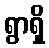
ရွာရှိ